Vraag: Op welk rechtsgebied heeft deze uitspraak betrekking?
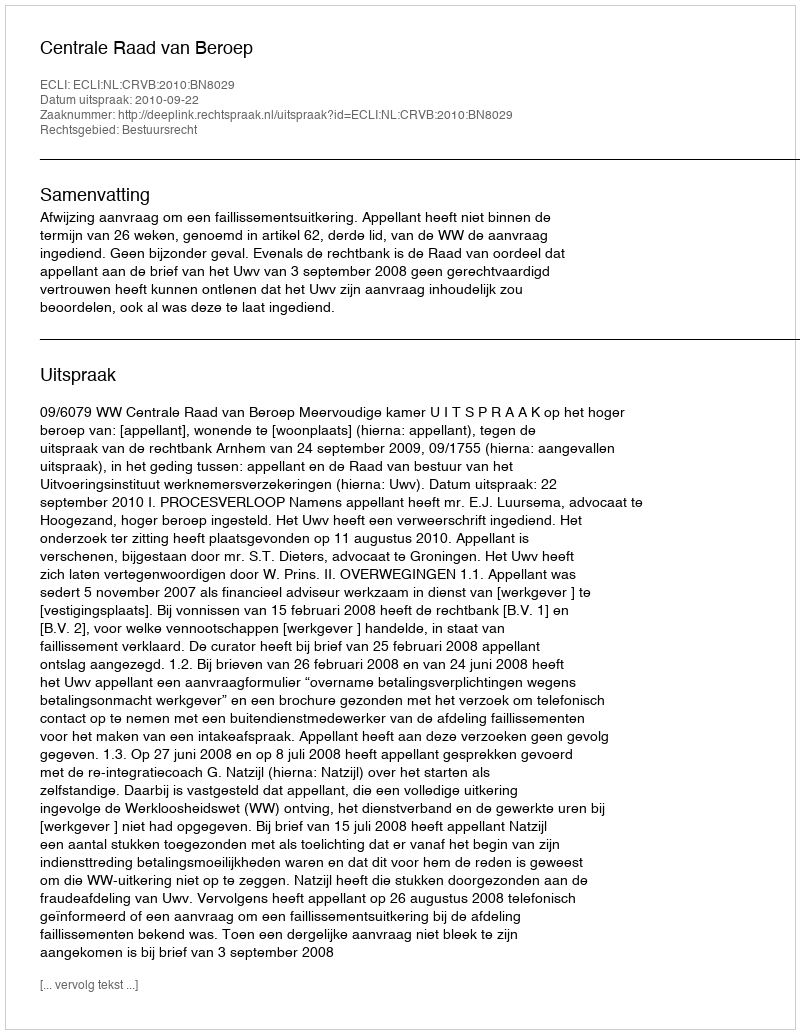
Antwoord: Bestuursrecht